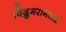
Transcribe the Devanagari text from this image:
विद्रुमरागताम्रं